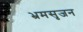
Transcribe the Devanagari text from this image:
भ्रमसृजन